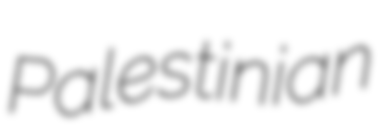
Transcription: Palestinian